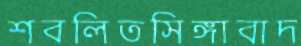
শবলিতসিঙ্গাবাদ